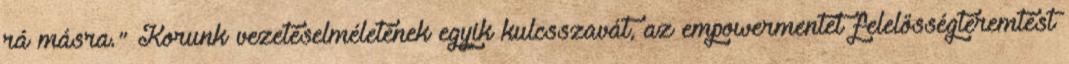
rá másra." Korunk vezetéselméletének egyik kulcsszavát, az empowermentet felelősségteremtést